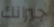
جيرانك